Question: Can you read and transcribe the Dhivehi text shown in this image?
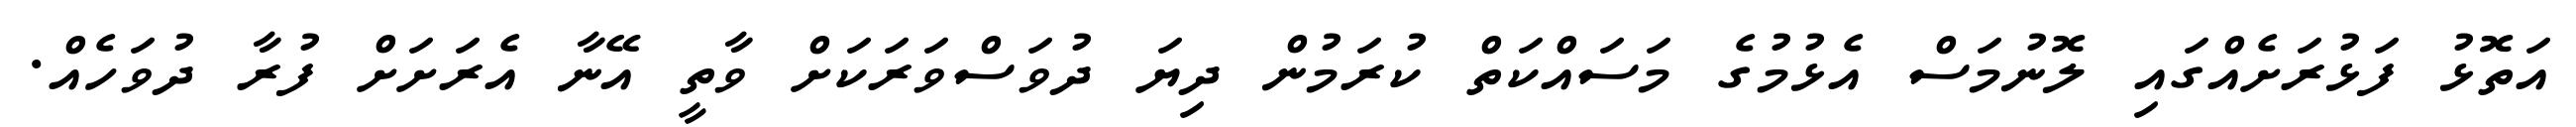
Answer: އަތޮޅު ފަޅުރަށެއްގައި ލޮނުމަސް އެޅުމުގެ މަސައްކަތް ކުރަމުން ދިޔަ ދުވަސްވަރަކަށް ވާތީ އޭނާ އެރަށަށް ފުރާ ދުވަހެއް.